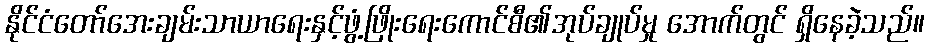
နိုင်ငံတော်အေးချမ်းသာယာရေးနှင့်ဖွံ့ဖြိုးရေးကောင်စီ၏အုပ်ချုပ်မှု အောက်တွင် ရှိနေခဲ့သည်။